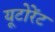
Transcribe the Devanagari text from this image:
यूटोरेंट